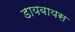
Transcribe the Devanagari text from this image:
डायबायस